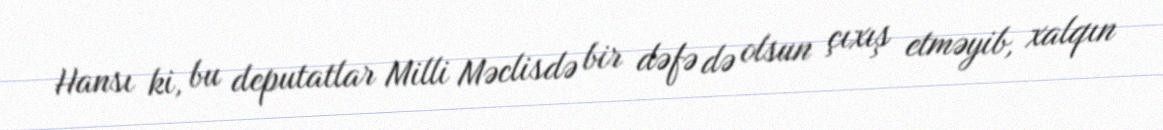
Hansı ki, bu deputatlar Milli Məclisdə bir dəfə də olsun çıxış etməyib, xalqın